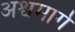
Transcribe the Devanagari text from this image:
अश्वमार्ग